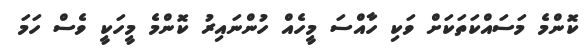
ކޮންމެ މަސައްކަތަކަށް ވަކި ހާއްސަ މީހެއް ހުންނައިރު ކޮންމެ މީހަކީ ވެސް ހަމަ